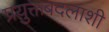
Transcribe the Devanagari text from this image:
प्रयुक्तबदलाशी